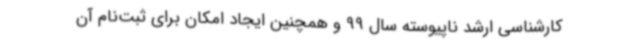
کارشناسی ارشد ناپیوسته سال 99 و همچنین ایجاد امکان برای ثبت‌نام آن